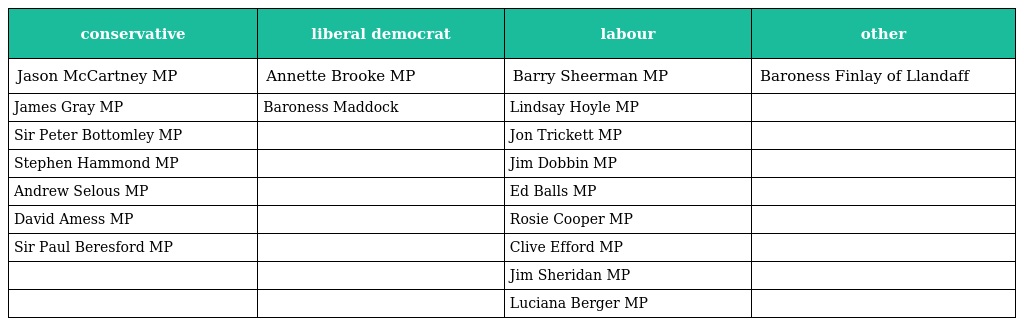
| conservative | liberal democrat | labour | other |
 | --- | --- | --- | --- |
 | Jason McCartney MP | Annette Brooke MP | Barry Sheerman MP | Baroness Finlay of Llandaff |
 | James Gray MP | Baroness Maddock | Lindsay Hoyle MP |  |
 | Sir Peter Bottomley MP |  | Jon Trickett MP |  |
 | Stephen Hammond MP |  | Jim Dobbin MP |  |
 | Andrew Selous MP |  | Ed Balls MP |  |
 | David Amess MP |  | Rosie Cooper MP |  |
 | Sir Paul Beresford MP |  | Clive Efford MP |  |
 |  |  | Jim Sheridan MP |  |
 |  |  | Luciana Berger MP |  |